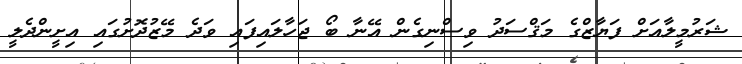
ޝަރުމީލާއަށް ފަޔާޒްގެ މަޤްސަދު ވިސްނިގެން އޭނާ ބޯ ޖަހާލައިފައި ވަދެ މޭޒުދޮށުގައި އިށީންދެލީ